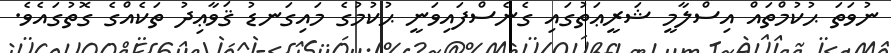
ނުވަތަ ޙުކުމްތައް އިސްލާމީ ޝަރީޢަތުގައި ގެނެސްފައިވަނީ ޙުކުމުގެ މައިގަނޑު ޤަވާޢިދު ތަކެއްގެ ގޮތުގައެވެ.